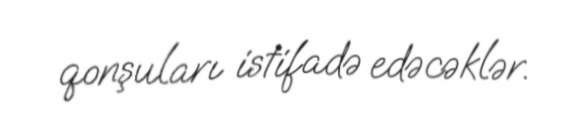
qonşuları istifadə edəcəklər.